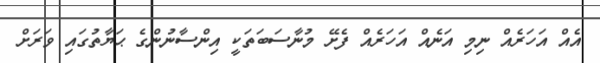
އެއް އަހަރެއް ނިމި އަނެއް އަހަރެއް ފެށޭ މުނާސަބަތަކީ އިންސާނުންގެ ޙަޔާތުގައި ވަރަށް